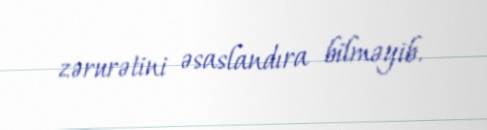
zərurətini əsaslandıra bilməyib.